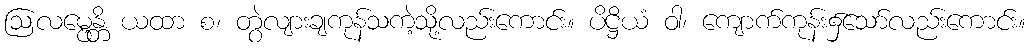
ဩလမ္ဗေန္တိ ယထာ စ၊ တွဲလျားချကုန်သကဲ့သို့လည်းကောင်း။ ပိဋ္ဌိယံ ဝါ၊ ကျောက်ကုန်း၌သော်လည်းကောင်း။